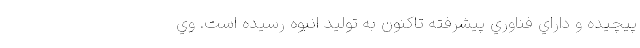
پيچيده و داراي فناوري پيشرفته تاكنون به توليد انبوه رسيده است. وي